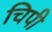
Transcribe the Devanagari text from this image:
चिपी